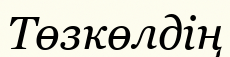
Төзкөлдің